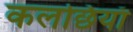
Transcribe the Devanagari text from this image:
कलछियाँ